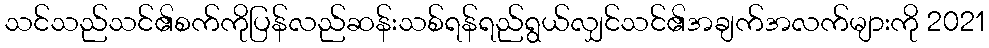
သင်သည်သင်၏စက်ကိုပြန်လည်ဆန်းသစ်ရန်ရည်ရွယ်လျှင်သင်၏အချက်အလက်များကို 2021